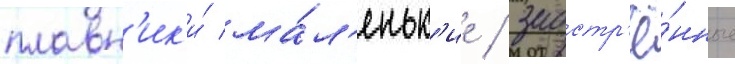
плавн'ик'и́ ма́л'еньк'ие / заостр'ё́нные